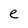
Character: e